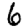
Digit: 6